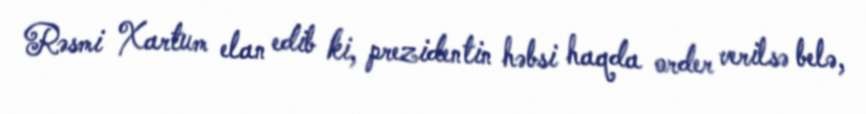
Rəsmi Xartum elan edib ki, prezidentin həbsi haqda order verilsə belə,